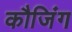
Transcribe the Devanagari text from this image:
कौजिंग